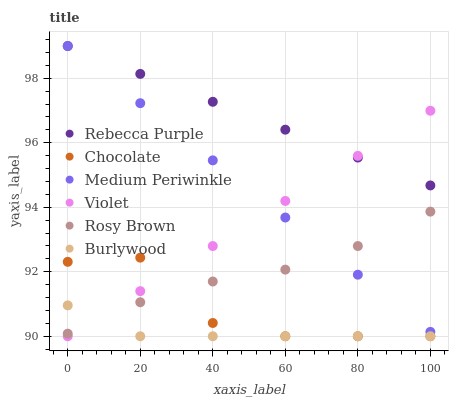
| xaxis_label | Rebecca Purple | Chocolate | Medium Periwinkle | Violet | Rosy Brown | Burlywood |
 | --- | --- | --- | --- | --- | --- | --- |
 | 0 | 99 | 92.3 | 99 | 90 | 90.1 | 91 |
 | 20 | 98.1 | 92.4 | 97.2 | 91.4 | 91.1 | 90 |
 | 40 | 97.3 | 90.4 | 95.5 | 92.8 | 91.7 | 90 |
 | 60 | 96.4 | 90 | 93.7 | 94.2 | 92.1 | 90 |
 | 80 | 95.5 | 90 | 91.9 | 95.6 | 92.8 | 90 |
 | 100 | 94.7 | 90 | 90.1 | 97 | 93.9 | 90 |